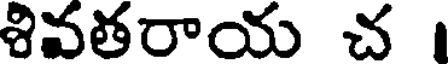
శివతరాయ చ